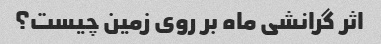
اثر گرانشی ماه بر روی زمین چیست؟